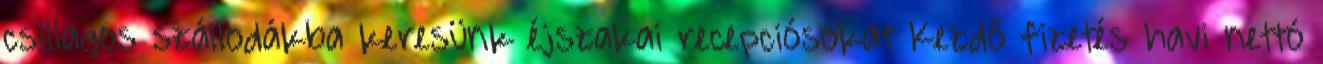
csillagos szállodákba keresünk éjszakai recepciósokat Kezdő fizetés havi nettó